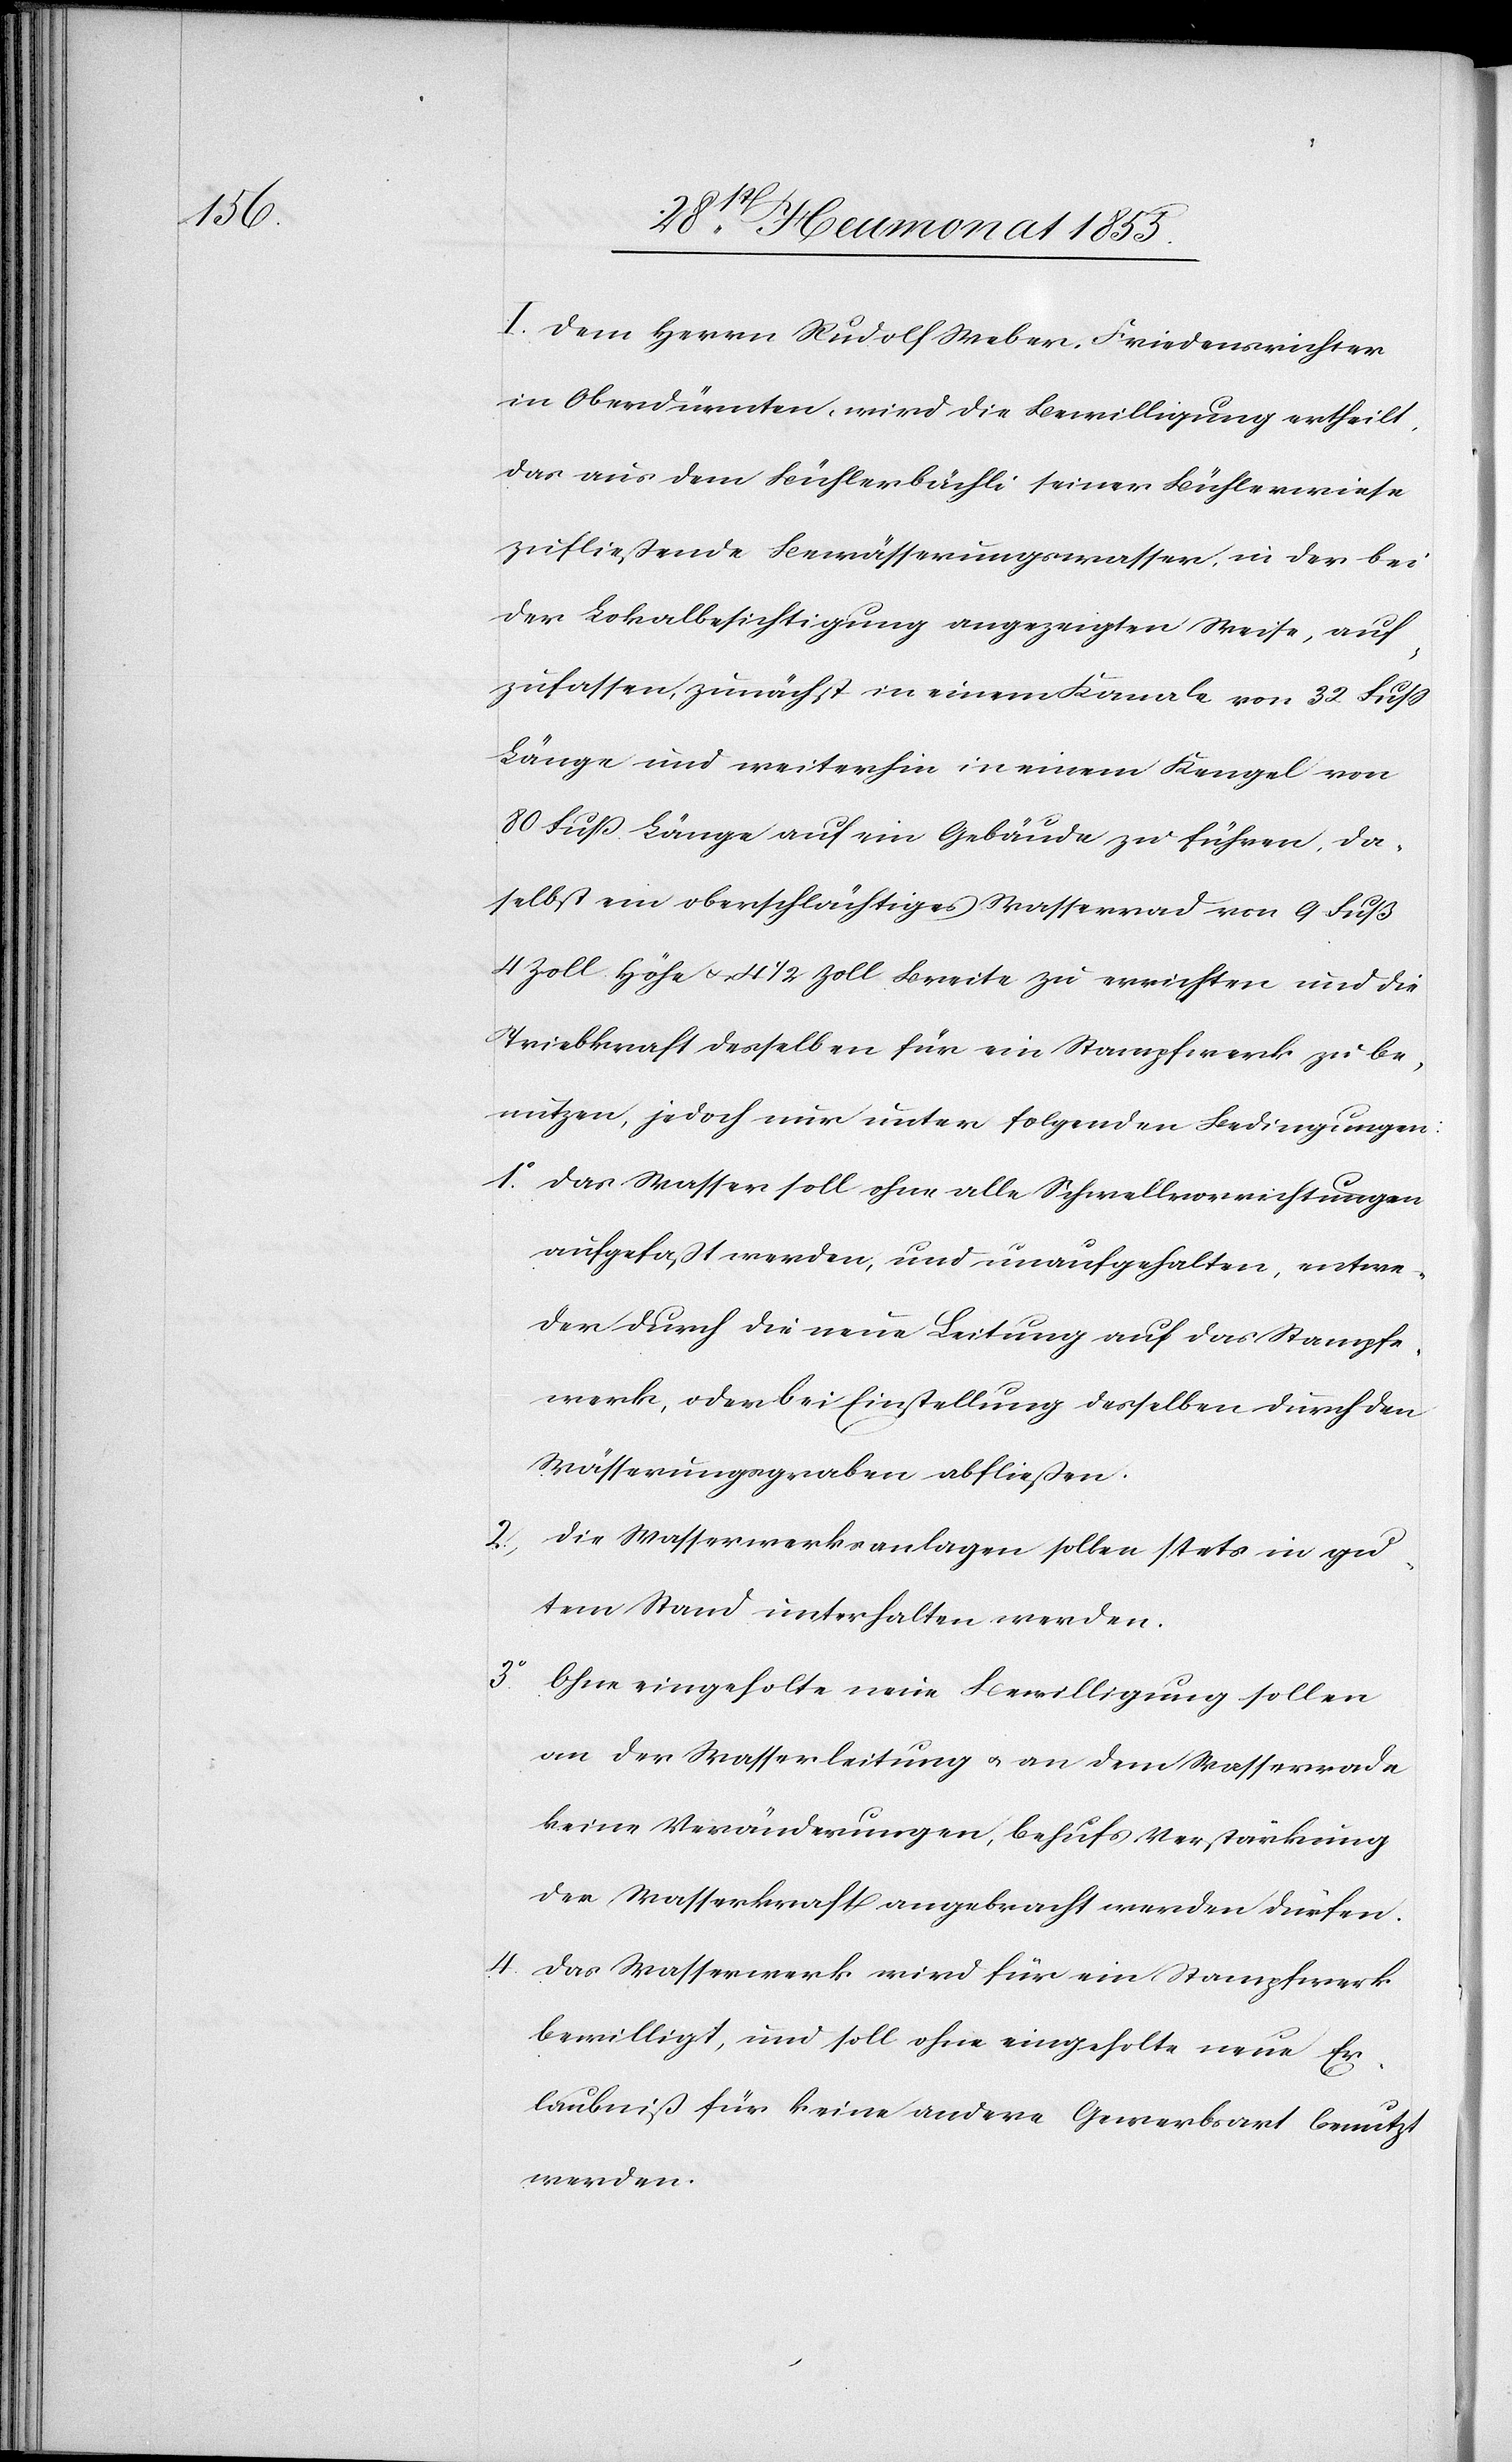
1o.

I. Dem Herrn Rudolf Weber, Friedensrichter
in Oberdürnten, wird die Bewilligung ertheilt,
das aus dem Bühlerbächli seiner Bühlerwiese
zufließende Bewässerungswasser, in der bei
der Lokalbesichtigung angezeigten Weise, auf¬
zufassen, zunächst in einem Kanale von 32 Fuss
Länge und weiterhin in einem Kengel von
80 Fuß Länge auf ein Gebäude zu führen, da¬
selbst ein oberschlächtiges Wasserrad von 9 Fuß
4 Zoll Höhe & 4 1/2 Zoll Breite zu errichten und die
Triebkraft desselben für ein Stampfwerk zu be¬
nutzen, jedoch nur unter folgenden Bedingungen:
Das Wasser soll ohne alle Schwellvorrichtungen
aufgefaßt werden, und unaufgehalten, entwe¬
der durch die neue Leitung auf das Stampfe¬
werk, oder bei Einstellung desselben durch den
Wässerungsgraben abfließen.
4.
Die Wasserwerksanlagen sollen stets in gu¬
tem Stand unterhalten werden.
Ohne eingeholte neue Bewilligung sollen
an der Wasserleitung & an dem Wasserrade
keine Veränderungen, behufs Verstärkung
der Wasserkraft angebracht werden dürfen.
Das Wasserwerk wird für ein Stampfwerk
bewilligt, und soll ohne eingeholte neue Er¬
laubniß für keine andere Gewerbsart benutzt
werden.